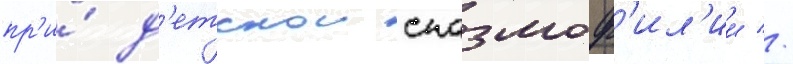
пр'и́ д'етскои спазмоф'ил'ии //